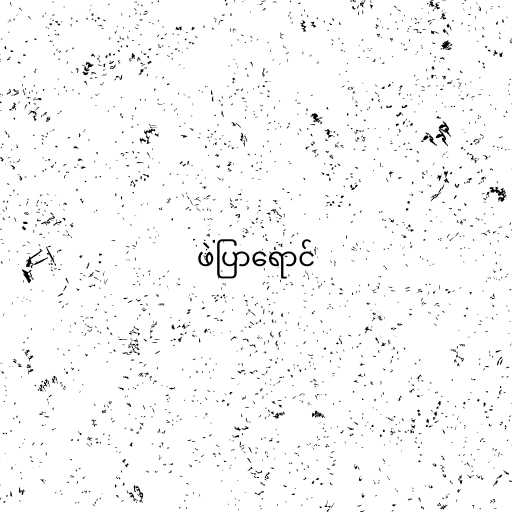
ဖဲပြာရောင်